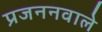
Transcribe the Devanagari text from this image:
प्रजननवाले